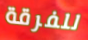
للفرقة